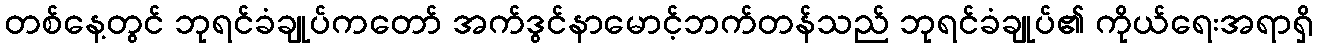
တစ်နေ့တွင် ဘုရင်ခံချုပ်ကတော် အက်ဒွင်နာမောင့်ဘက်တန်သည် ဘုရင်ခံချုပ်၏ ကိုယ်ရေးအရာရှိ